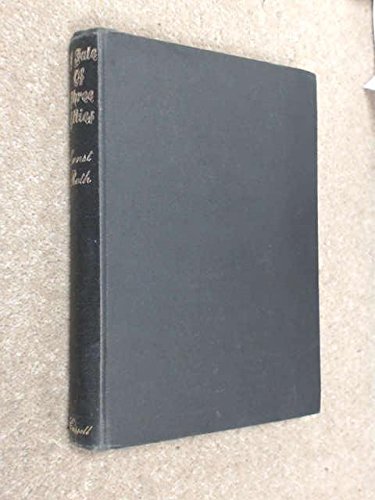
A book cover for Tale of Three Cities: Vienna, Budapest and Prague; Ernst Roth; Travel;